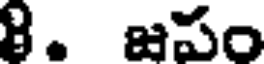
8. జపం